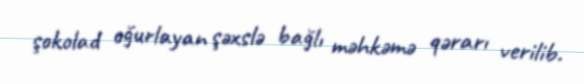
şokolad oğurlayan şəxslə bağlı məhkəmə qərarı verilib.